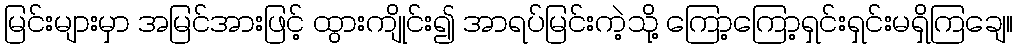
မြင်းများမှာ အမြင်အားဖြင့် ထွားကျိုင်း၍ အာရပ်မြင်းကဲ့သို့ ကြော့ကြော့ရှင်းရှင်းမရှိကြချေ။